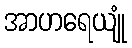
အာဟရေယျုံ